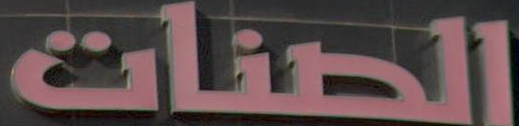
الصنات